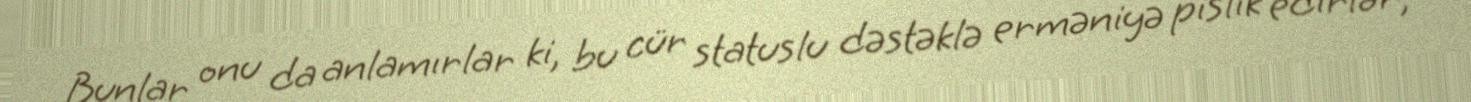
Bunlar onu da anlamırlar ki, bu cür statuslu dəstəklə erməniyə pislik edirlər,